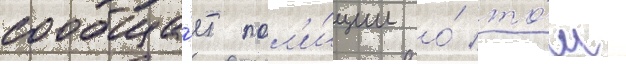
сообща́ет пол'и́ции о́ то́м